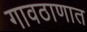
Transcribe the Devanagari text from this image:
गावठाणात